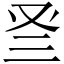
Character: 𠬴